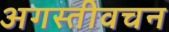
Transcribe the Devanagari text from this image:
अगस्तीवचन